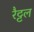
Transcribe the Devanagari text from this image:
रैट्टल